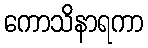
ကောသိနာရကာ